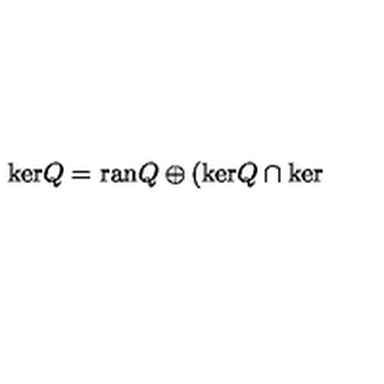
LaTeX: \mathrm { k e r } Q = \mathrm { r a n } Q \oplus ( \mathrm { k e r } Q \cap \mathrm { k e r }